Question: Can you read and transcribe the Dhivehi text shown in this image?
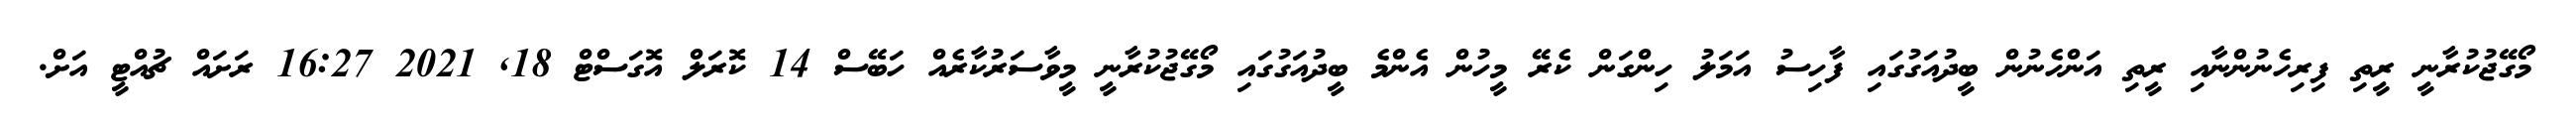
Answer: މޯގޭޖުކުރާނީ ރީތި ފިރިހެނުންނާއި ރީތި އަންހެނުން ބީދުއަގުގައި ފާހިސު އަމަލު ހިންގަން ކެރޭ މީހުން އެންމެ ބީދުއަގުގައި މޯގޭޖުކުރާނީ މީވާސަރުކާރެއް ހަބޭސް 14 ކޮރަލް އޮގަސްޓް 18, 2021 16:27 ރަށައް ޗުއްޓީ އަށް.